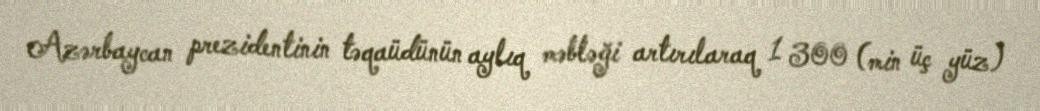
Azərbaycan prezidentinin təqaüdünün aylıq məbləği artırılaraq 1 300 (min üç yüz)